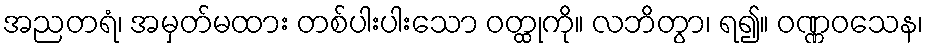
အညတရံ၊ အမှတ်မထား တစ်ပါးပါးသော ဝတ္ထုကို။ လဘိတွာ၊ ရ၍။ ဝဏ္ဏဝသေန၊